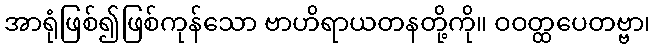
အာရုံဖြစ်၍ဖြစ်ကုန်သော ဗာဟိရာယတနတို့ကို။ ဝဝတ္ထပေတဗ္ဗာ၊